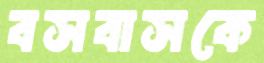
বসবাসকে